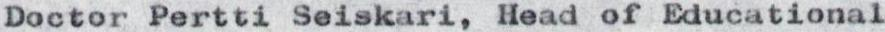
Doctor Pertti Seiskari, Head of Educational